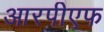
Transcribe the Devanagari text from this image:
आरपीएफ